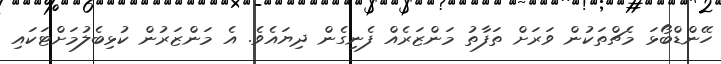
ހޭންޑްބޯޅަ މެޗްތަކުން ވަރަށް ތަފާތު މަންޒަރެއް ފެނިގެން ދިޔައެވެ. އެ މަންޒަރުން ކުޅިބެލުމަށްޓަކައި